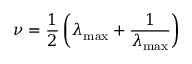
\nu = \frac { 1 } { 2 } \left( \lambda _ { \operatorname* { m a x } } + \frac { 1 } { \lambda _ { \operatorname* { m a x } } } \right)